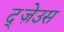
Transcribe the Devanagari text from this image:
द्ज़ेउस